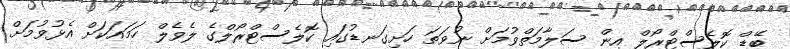
ބޭޑް ކޮލެސްޓްރޯލް އިން ސަލާމަތްވުމަށް ނުވަތަ ހަށިގަނޑުގައި ކޮލެސްޓްރޯލްގެ ލެވެލް ހަމައަކަށް އެޅުވުމަށް